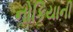
નોકિયાની